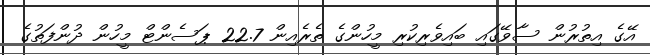
އޭގެ އިތުރުން ސާވޭގައި ބައިވެރިކުރި މީހުންގެ ތެރެއިން 22.7 ޕަސެންޓް މީހުން ދުންފަތުގެ